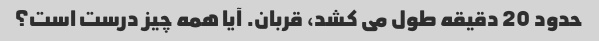
حدود 20 دقیقه طول می کشد، قربان. آیا همه چیز درست است؟